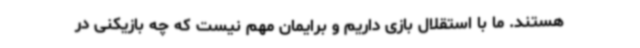
هستند. ما با استقلال بازی داریم و برایمان مهم نیست که چه بازیکنی در